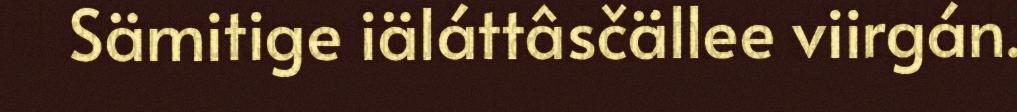
Sämitige iäláttâsčällee viirgán.